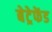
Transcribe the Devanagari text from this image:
बेट्रेफेंड